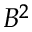
B ^ { 2 }